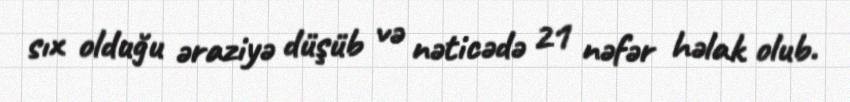
sıx olduğu əraziyə düşüb və nəticədə 21 nəfər həlak olub.